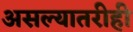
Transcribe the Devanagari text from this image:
असल्यातरीही